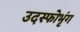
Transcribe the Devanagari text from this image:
उदस्फोभृंग